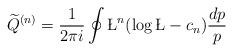
LaTeX: \begin{align*}{\widetilde Q}^{(n)} = \frac{1}{2\pi i} \oint \L^n (\log\L - c_n)\frac{dp}{p}\end{align*}